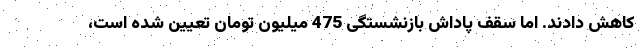
کاهش دادند. اما سقف پاداش بازنشستگی 475 میلیون تومان تعیین شده است،